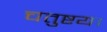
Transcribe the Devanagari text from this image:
चतुष्टय।